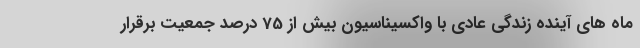
ماه های آینده زندگی عادی با واکسیناسیون بیش از 75 درصد جمعیت برقرار